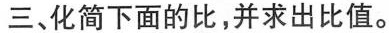
三、化简下面的比，并求出比值。